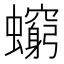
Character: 𧔚